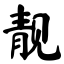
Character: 靓